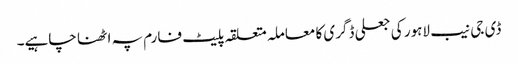
ڈی جی نیب لاہور کی جعلی ڈگری کا معاملہ متعلقہ پلیٹ فارم پہ اٹھنا چاہیے۔